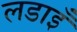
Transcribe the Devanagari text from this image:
लडाइँ